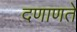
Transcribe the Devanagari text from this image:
दणाणते